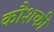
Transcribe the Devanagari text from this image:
कौशकी